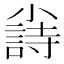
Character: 𡮲